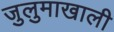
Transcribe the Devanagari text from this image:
जुलुमाखाली